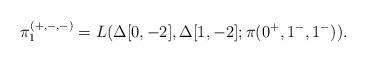
LaTeX: \begin{align*}\pi_1^{(+,-,-)} = L(\Delta[0,-2], \Delta[1,-2]; \pi(0^+,1^-,1^-)).\end{align*}